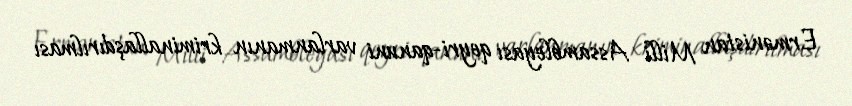
Ermənistan Milli Assambleyası qeyri-qanuni varlanmanın kriminallaşdırılması